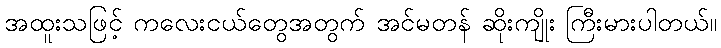
အထူးသဖြင့် ကလေးငယ်တွေအတွက် အင်မတန် ဆိုးကျိုး ကြီးမားပါတယ်။